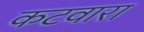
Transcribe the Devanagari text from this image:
कटवारा